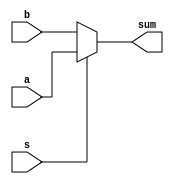
module mux (output [4:0]sum, input [4:0]a,b,input s);

assign sum=s?a:b;

endmodule